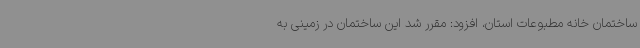
ساختمان خانه مطبوعات استان، افزود: مقرر شد این ساختمان در زمینی به